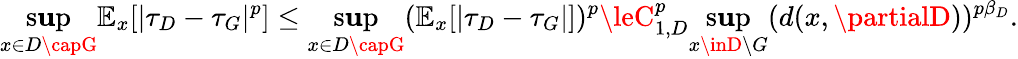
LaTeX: \operatorname*{s\mathbf{u}p}_{x\in{D\capG}}\mathbb{{E}}_{x}[|\tau_{D}-\tau_{G}|^{p}]\le\operatorname*{s\mathbf{u}p}_{x\in{D\capG}}(\mathbb{{E}}_{x}[|\tau_{D}-\tau_{G}|])^{p}\leC_{1,D}^{p}\operatorname*{s\mathbf{u}p}_{x\inD\setminus{G}}(d(x,\partialD))^{p\beta_{D}}.